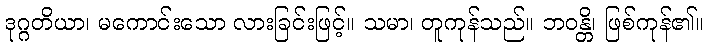
ဒုဂ္ဂတိယာ၊ မကောင်းသော လားခြင်းဖြင့်။ သမာ၊ တူကုန်သည်။ ဘဝန္တိ၊ ဖြစ်ကုန်၏။